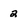
Character: 2